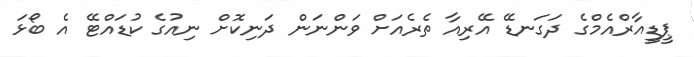
ޕީޑީއާރްއެމްގެ ދަގަނޑޭ އޭރިއާ ތެރެއަށް ވަންނަން ދަނިކޮށް ނިއުގެ ކުޑައްޓޭ އެ ބޯޅަ